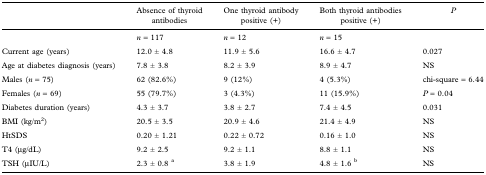
|  | Absence of thyroid antibodies | One thyroid antibody positive (+) | Both thyroid antibodies positive (+) | P |
 | --- | --- | --- | --- | --- |
 |  | n = 117 | n = 12 | n = 15 |  |
 | Current age (years) | 12.0 ± 4.8 | 11.9 ± 5.6 | 16.6 ± 4.7 | 0.027 |
 | Age at diabetes diagnosis (years) | 7.8 ± 3.8 | 8.2 ± 3.9 | 8.9 ± 4.7 | NS |
 | Males (n = 75) | 62 (82.6%) | 9 (12%) | 4 (5.3%) | chi-square = 6.44 |
 | Females (n = 69) | 55 (79.7%) | 3 (4.3%) | 11 (15.9%) | P = 0.04 |
 | Diabetes duration (years) | 4.3 ± 3.7 | 3.8 ± 2.7 | 7.4 ± 4.5 | 0.031 |
 | BMI (kg/m2) | 20.5 ± 3.5 | 20.9 ± 4.6 | 21.4 ± 4.9 | NS |
 | HtSDS | 0.20 ± 1.21 | 0.22 ± 0.72 | 0.16 ± 1.0 | NS |
 | T4 (μg/dL) | 9.2 ± 2.5 | 9.2 ± 1.1 | 8.8 ± 1.1 | NS |
 | TSH (μIU/L) | 2.3 ± 0.8 a | 3.8 ± 1.9 | 4.8 ± 1.6 b | NS |